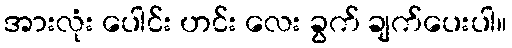
အားလုံး ပေါင်း ဟင်း လေး ခွက် ချက်ပေးပါ။